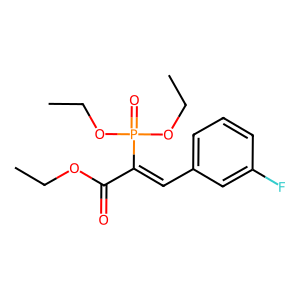
SMILES: CCOC(=O)C(=Cc1cccc(F)c1)P(=O)(OCC)OCC
Inhibits HIV replication: No